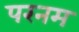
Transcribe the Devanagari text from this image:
परनम